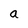
Character: a